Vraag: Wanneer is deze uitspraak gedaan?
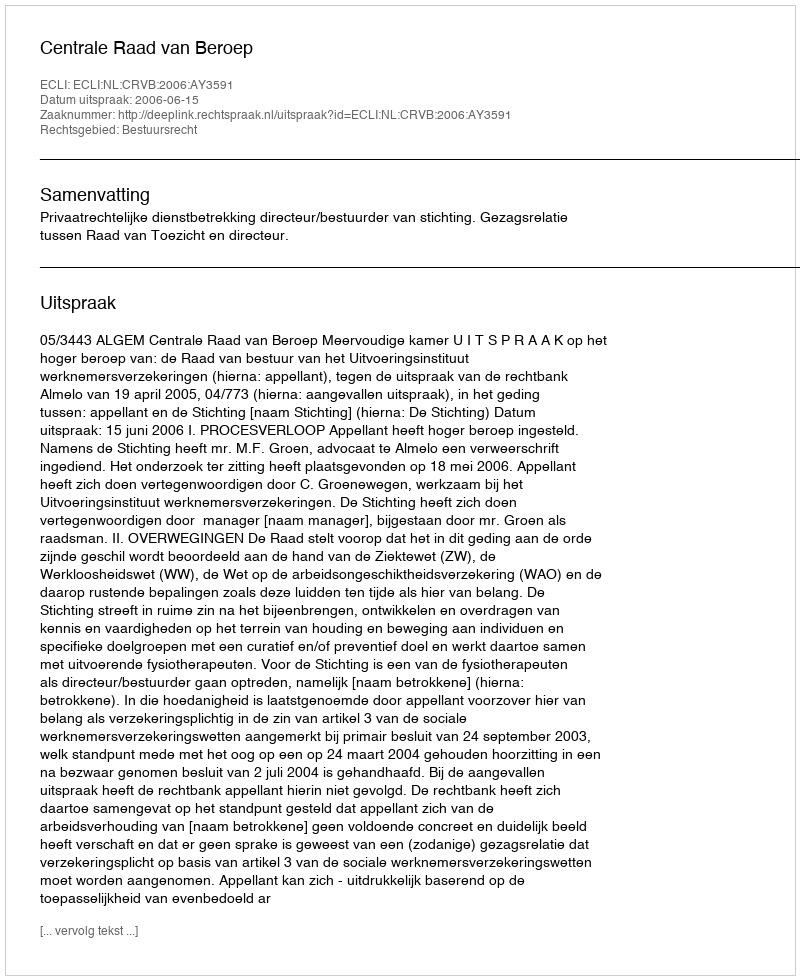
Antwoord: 2006-06-15